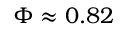
\Phi \approx 0 . 8 2